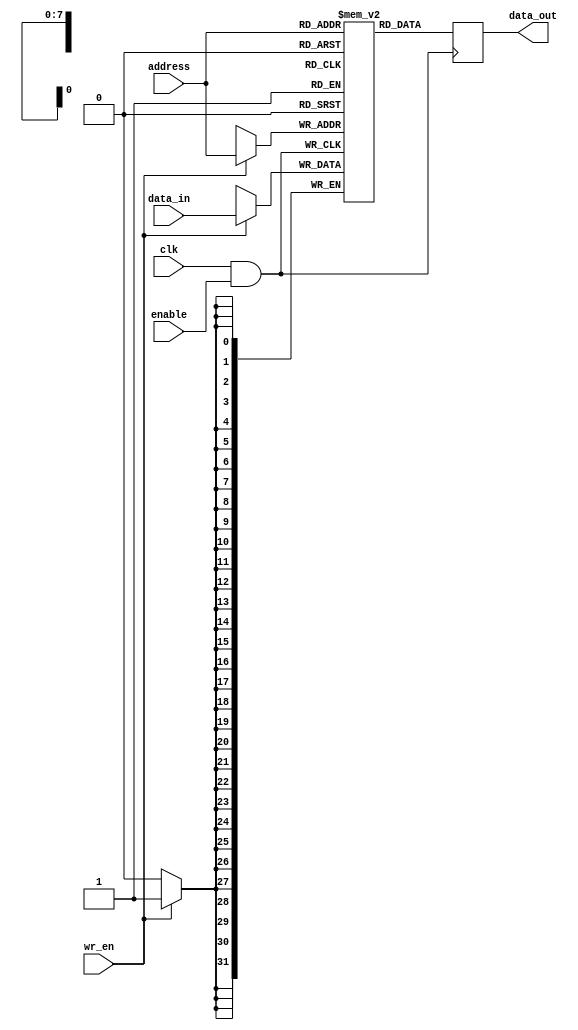
module memory_block (
    input wire clk,               // Main clock signal
    input wire enable,            // Enable signal for clock gating
    input wire [7:0] address,     // Address input for memory access
    input wire [31:0] data_in,    // Data input for write operations
    input wire wr_en,             // Write enable signal
    output reg [31:0] data_out     // Data output for read operations
);

    // Memory array (32-bit wide, 256 entries)
    reg [31:0] mem [0:255];

    // Gated clock signal
    wire gated_clk;

    // Clock gating logic: using AND gate for simplicity
    assign gated_clk = clk & enable;

    // Memory operations based on gated clock
    always @(posedge gated_clk) begin
        if (wr_en) begin
            mem[address] <= data_in;  // Write operation
        end
        data_out <= mem[address];      // Read operation
    end

endmodule